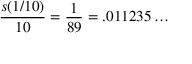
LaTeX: { \frac { s ( 1 / 1 0 ) } { 1 0 } } = { \frac { 1 } { 8 9 } } = . 0 1 1 2 3 5 \ldots